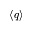
\langle q \rangle